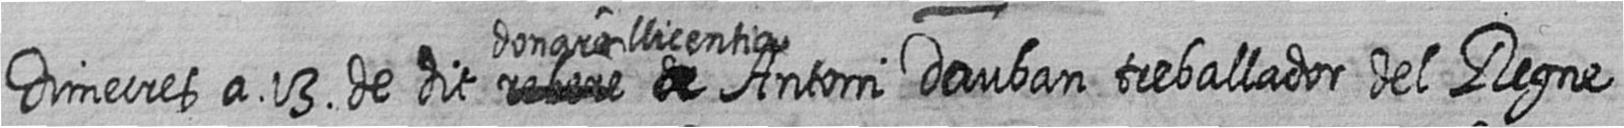
Dimecres a 13 de dit # #donare llicentia a Antoni Dauban treballador del Regne